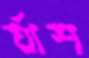
র‍্যাশ